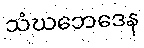
သံဃဘေဒေန